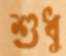
শুধু